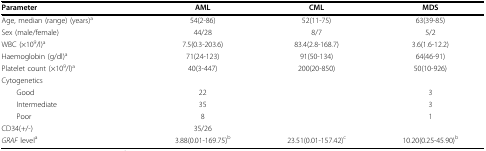
<table><thead><tr><td><b>Parameter</b></td><td><b>AML</b></td><td><b>CML</b></td><td><b>MDS</b></td></tr></thead><tbody><tr><td>Age, median (range) (years)<sup>a</sup></td><td>54(2-86)</td><td>52(11-75)</td><td>63(39-85)</td></tr><tr><td>Sex (male/female)</td><td>44/28</td><td>8/7</td><td>5/2</td></tr><tr><td>WBC (×10<sup>9</sup>/l)<sup>a</sup></td><td>7.5(0.3-203.6)</td><td>83.4(2.8-168.7)</td><td>3.6(1.6-12.2)</td></tr><tr><td>Haemoglobin (g/dl)<sup>a</sup></td><td>71(24-123)</td><td>91(50-134)</td><td>64(46-91)</td></tr><tr><td>Platelet count (×10<sup>9</sup>/l)<sup>a</sup></td><td>40(3-447)</td><td>200(20-850)</td><td>50(10-926)</td></tr><tr><td>Cytogenetics</td><td></td><td></td><td></td></tr><tr><td> Good</td><td>22</td><td></td><td>3</td></tr><tr><td> Intermediate</td><td>35</td><td></td><td>3</td></tr><tr><td> Poor</td><td>8</td><td></td><td>1</td></tr><tr><td>CD34(+/-)</td><td>35/26</td><td></td><td></td></tr><tr><td><i>GRAF </i>level<sup>a</sup></td><td>3.88(0.01-169.75)<sup>b</sup></td><td>23.51(0.01-157.42)<sup>c</sup></td><td>10.20(0.25-45.90)<sup>b</sup></td></tr></tbody></table>